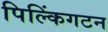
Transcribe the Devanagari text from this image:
पिल्किंगटन